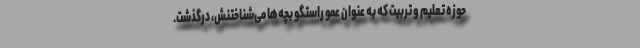
حوزه تعلیم و تربیت که به عنوان عمو راستگو بچه‌ها می‌شناختنش، درگذشت.